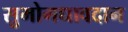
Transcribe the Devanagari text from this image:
सुमोगधावदान